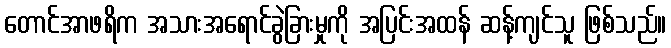
တောင်အာဖရိက အသားအရောင်ခွဲခြားမှုကို အပြင်းအထန် ဆန့်ကျင်သူ ဖြစ်သည်။